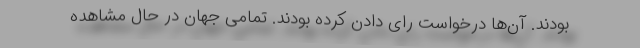
بودند. آن‌ها درخواست رای دادن کرده بودند. تمامی جهان در حال مشاهده